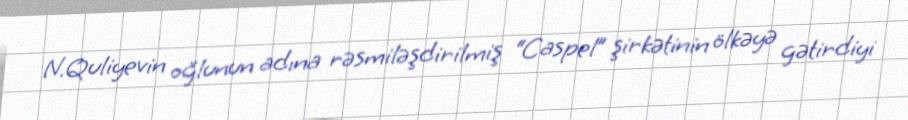
N.Quliyevin oğlunun adına rəsmiləşdirilmiş “Caspel” şirkətinin ölkəyə gətirdiyi